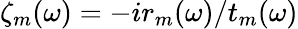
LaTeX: \zeta_{m}(\omega)=-ir_{m}(\omega)/t_{m}(\omega)